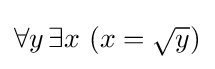
\forall y\,\exists x\,\left(x={\sqrt {y}}\right)